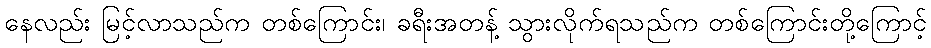
နေလည်း မြင့်လာသည်က တစ်ကြောင်း၊ ခရီးအတန့် သွားလိုက်ရသည်က တစ်ကြောင်းတို့ကြောင့်